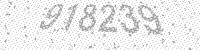
Solution: 918239